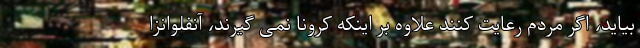
بیاید، اگر مردم رعایت کنند علاوه بر اینکه کرونا نمی گیرند، آنفلوانزا